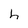
Character: h